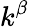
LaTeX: k^{\beta}